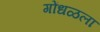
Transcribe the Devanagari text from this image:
गोंधळला